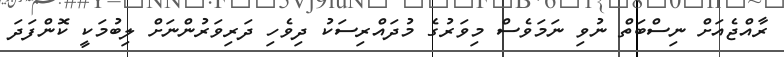
ރާއްޖެއަށް ނިސްބަތް ނުވި ނަމަވެސް މިވަރުގެ މުދައްރިސަކު ދިވެހި ދަރިވަރުންނަށް ލިބުމަކީ ކޮންފަދަ